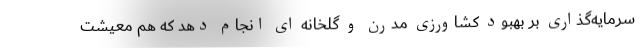
سرمایه‌گذاری بر بهبود کشاورزی مدرن و گلخانه ای انجام دهد که هم معیشت